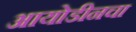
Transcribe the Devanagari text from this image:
आयोडीनचा